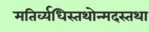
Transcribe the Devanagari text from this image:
मतिर्व्यधिस्तथोन्मदस्तथा